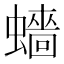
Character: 𧒗